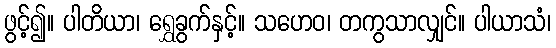
ဖွင့်၍။ ပါတိယာ၊ ရွှေခွက်နှင့်။ သဟေဝ၊ တကွသာလျှင်။ ပါယာသံ၊